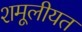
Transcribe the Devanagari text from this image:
शमूलीयत